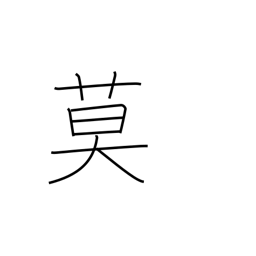
Meaning: must not